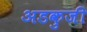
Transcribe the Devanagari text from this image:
अडकुजी